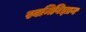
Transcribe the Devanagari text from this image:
स्वनिविज्ञान